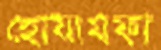
হোযায়ফা